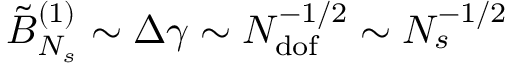
\tilde { B } _ { N _ { s } } ^ { ( 1 ) } \sim \Delta \gamma \sim N _ { \mathrm { d o f } } ^ { - 1 / 2 } \sim N _ { s } ^ { - 1 / 2 }